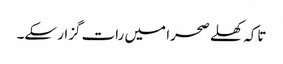
تاکہ کھلے صحرا میں رات گزار سکے۔